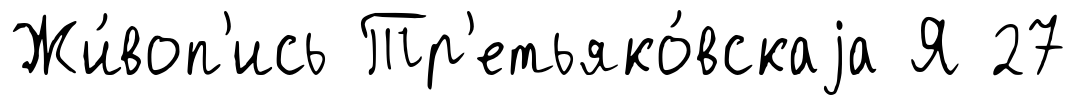
Жи́воп'ись Тр'етьяко́вскаjа Я 27